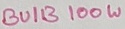
Text: BUIB 100W